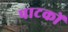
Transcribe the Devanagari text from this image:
पाटकों